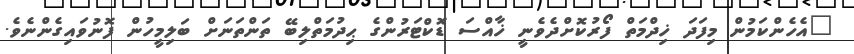
"އެހެންކަމުން މިފަދަ ޚިދްމަތް ފޯރުކޮށްދެވެނީ ޚާއްސަ ޑޮކްޓަރުންގެ ޙިދުމަތްލިބޭ ތަންތަނަށް ބަލިމީހުން ފޮނުވައިގެންނެވެ.